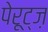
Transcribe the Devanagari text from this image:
पेरूट्ज़